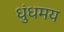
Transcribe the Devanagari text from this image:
धुंधमय